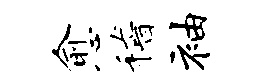
愈稽袖